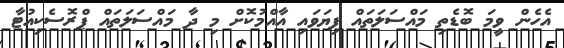
އެހެން ވީމަ ބޮޑެތި މައްސަލަތައް ފިޔަވައި އާއްމުކޮށް މި ދާ މައްސަލަތައް ޕްރޮސެކިއުޓާ